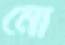
মো